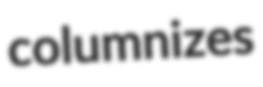
columnizes